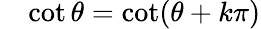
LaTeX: \quad\cot\theta=\cot(\theta+k\pi)